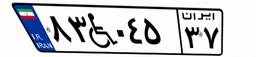
۸۳W۰۴۵۳۷